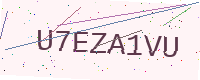
Text: U7EZA1VU